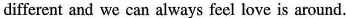
different and we can always feel love is around.